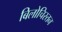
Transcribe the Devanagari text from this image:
बिलोचिस्तन